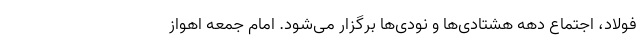
فولاد، اجتماع دهه هشتادی‌ها و نودی‌ها برگزار می‌شود. امام جمعه اهواز